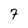
Character: 7